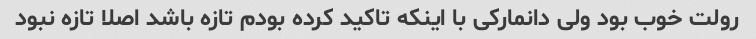
رولت خوب بود ولی دانمارکی با اینکه تاکید کرده بودم تازه باشد اصلا تازه نبود